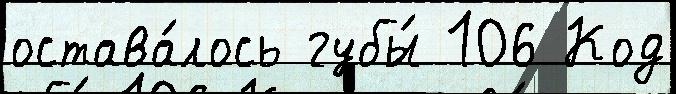
остава́лось губы́ 106 Код